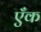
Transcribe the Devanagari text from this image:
एँक